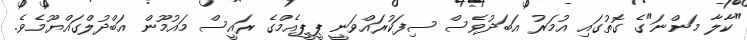
"ކާލާ މަންނަ"ގެ ގޮތުގައި އުމަރު އަބަދުވެސް ސިފަކުރައްވަނީ ޕީޕީއެމްގެ ރައީސް މައުމޫން އަބްދުލްގައްޔޫމެވެ.